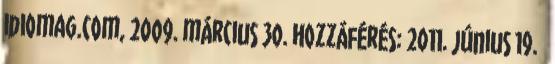
idiomag.com, 2009. március 30. Hozzáférés: 2011. június 19. ↑